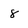
Character: 8